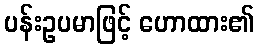
ပန်းဥပမာဖြင့် ဟောထား၏